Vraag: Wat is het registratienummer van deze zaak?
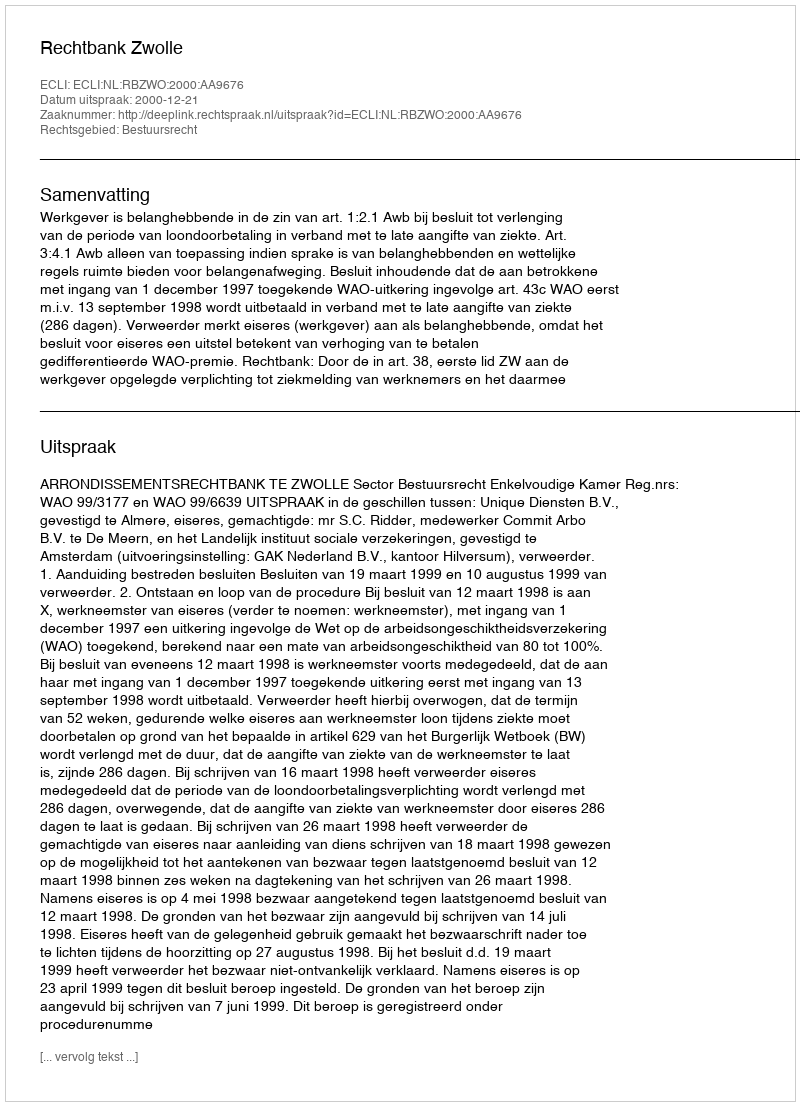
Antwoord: http://deeplink.rechtspraak.nl/uitspraak?id=ECLI:NL:RBZWO:2000:AA9676